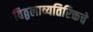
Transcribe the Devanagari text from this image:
विठ्ठलाव्यतिरिक्तचे